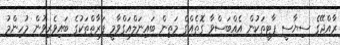
ރާއްޖޭގެ ސިޔާސީ ޕާޓީތަކުން އެއްބަސްވާ ގޮތެއްގެ މަތިން ބައިނަލްއަގްވާމީ ފަރާތްތަކުގެ ބައިވެރިވުން މުހިންމު